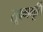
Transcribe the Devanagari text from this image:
सूक्ष्ममूर्ति